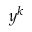
y ^ { k }